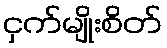
ငှက်မျိုးစိတ်